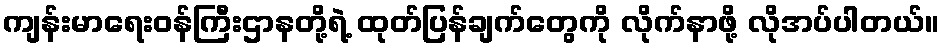
ကျန်းမာရေးဝန်ကြီးဌာနတို့ရဲ့ ထုတ်ပြန်ချက်တွေကို လိုက်နာဖို့ လိုအပ်ပါတယ်။